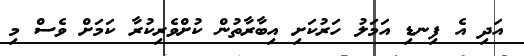
އަދި އެ ފިނޑި އަމަލު ހަރުކަށި އިބާރާތުން ކުށްވެރިކުރާ ކަމަށް ވެސް މި